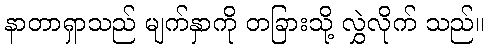
နာတာရှာသည် မျက်နှာကို တခြားသို့ လွှဲလိုက် သည်။